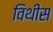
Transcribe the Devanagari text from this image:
विथीस